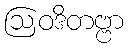
ဩဝဒိတဗ္ဗာ